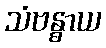
သံဗန္ဓာယ